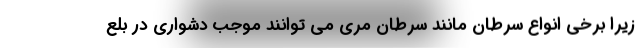
زیرا برخی انواع سرطان مانند سرطان مری می توانند موجب دشواری در بلع